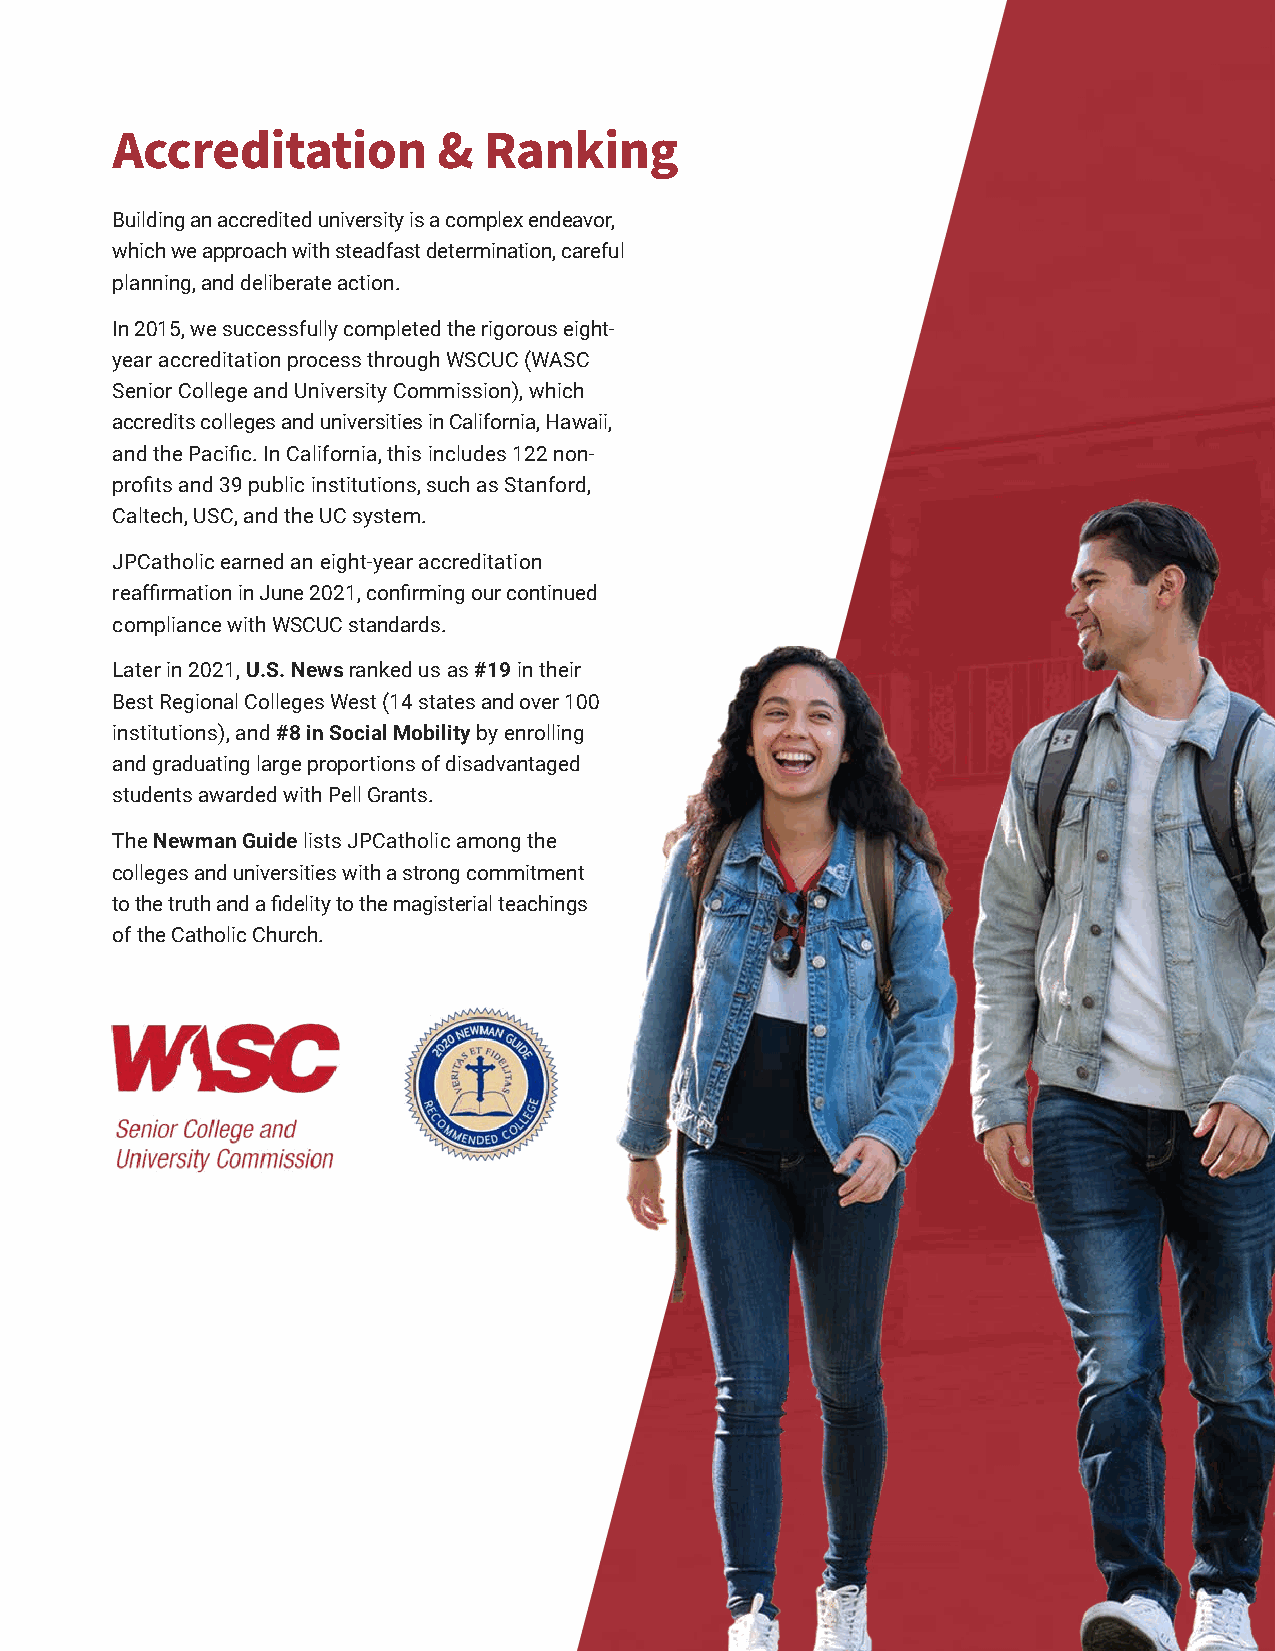
Accreditation         &  Ranking
 Building an accredited university is a complex endeavor,
 which we approach with steadfast determination, careful
 planning, and deliberate action.
 In 2015, we successfully completed the rigorous eight-
 year accreditation process through WSCUC (WASC
 Senior College and University Commission), which
 accredits colleges and universities in California, Hawaii,
 and the Pacific. In California, this includes 122 non-
 profits and 39 public institutions, such as Stanford,
 Caltech, USC, and the UC system.
 JPCatholic earned an eight-year accreditation
 reaffirmation in June 2021, confirming our continued
 compliance with WSCUC standards.
 Later in 2021, U.S. News ranked us as #19 in their
 Best Regional Colleges West (14 states and over 100
 institutions), and #8 in Social Mobility by enrolling
 and graduating large proportions of disadvantaged
 students awarded with Pell Grants.
 The Newman Guide lists JPCatholic among the
 colleges and universities with a strong commitment
 to the truth and a fidelity to the magisterial teachings
 of the Catholic Church.